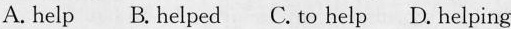
A. help B.helped C. to help D. helping